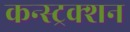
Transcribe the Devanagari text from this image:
कन्‍स्‍ट्रक्‍शन